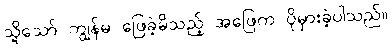
သို့သော် ကျွန်မ ဖြေခဲ့မိသည့် အဖြေက ပိုမှားခဲ့ပါသည်။